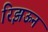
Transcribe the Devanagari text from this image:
रिझऊन